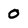
Character: 0